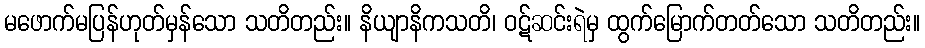
မဖောက်မပြန်ဟုတ်မှန်သော သတိတည်း။ နိယျာနိကသတိ၊ ဝဋ်ဆင်းရဲမှ ထွက်မြောက်တတ်သော သတိတည်း။